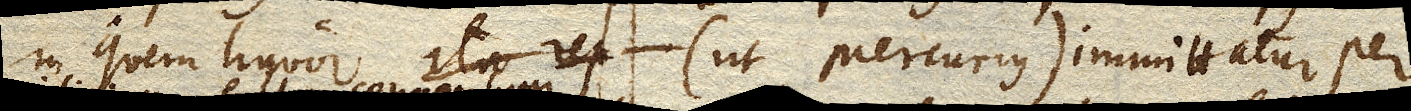
in quem liquor (ut Mercurius) immittatur per